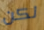
لكن